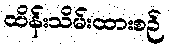
ထိန်းသိမ်းထားစဉ်